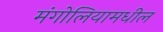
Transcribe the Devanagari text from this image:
मंगोलियामधील